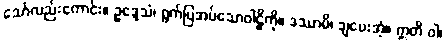
သော်လည်းကောင်း။ ဥဒ္ဒေသံ၊ ရွက်ပြအပ်သောဝါဠိကို။ ဒဿာမိ၊ ချပေးအံ့။ ဣတိ ဝါ၊